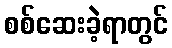
စစ်ဆေးခဲ့ရာတွင်